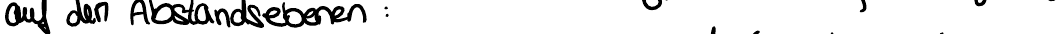
auf den Abstandsebenen :